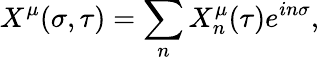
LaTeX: X^{\mu}(\sigma,\tau)=\sum_{n}X_{n}^{\mu}(\tau)e^{in\sigma},